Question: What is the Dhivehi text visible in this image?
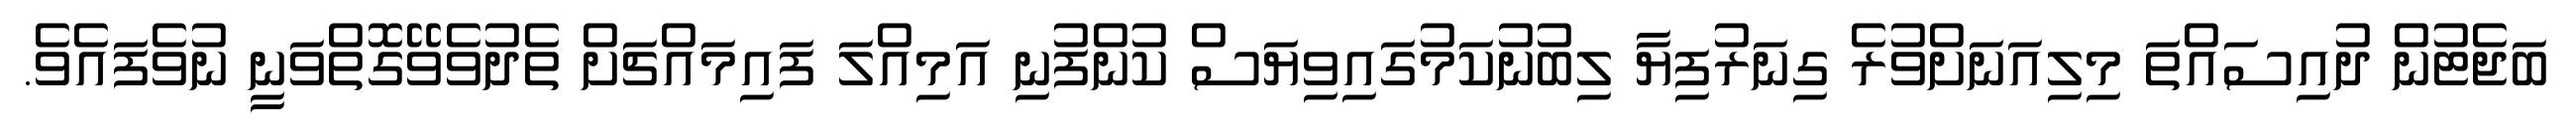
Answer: ބަޖެޓުން ދުއިސައްތަ މިލިއަނަށްވުރެ ގިނަރުފިޔާ ލިބުނުކަމުގައިވިޔަސް ކުންފުނި އަމިއްލަ ފައިމައްޗަށް ތެދުވެވޭގޮތްވަނީ ނުވެފައެވެ.